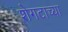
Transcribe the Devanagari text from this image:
शेगटाच्या